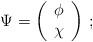
LaTeX: \begin{align*}\Psi=\left(\begin{array}{cc}\phi\\ \chi\\ \end{array}\right)\,;\end{align*}